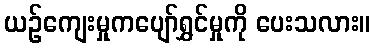
ယဉ်ကျေးမှုကပျော်ရွှင်မှုကို ပေးသလား။